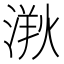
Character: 𣺸